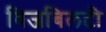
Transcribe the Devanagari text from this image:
विजबिलटी